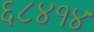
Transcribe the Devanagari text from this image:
६८४१४